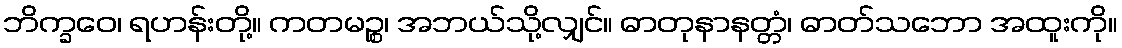
ဘိက္ခဝေ၊ ရဟန်းတို့။ ကတမဉ္စ၊ အဘယ်သို့လျှင်။ ဓာတုနာနတ္တံ၊ ဓာတ်သဘော အထူးကို။